Indian journal of veterinary science and animal husbandry - Volume 1,
Year: 1931
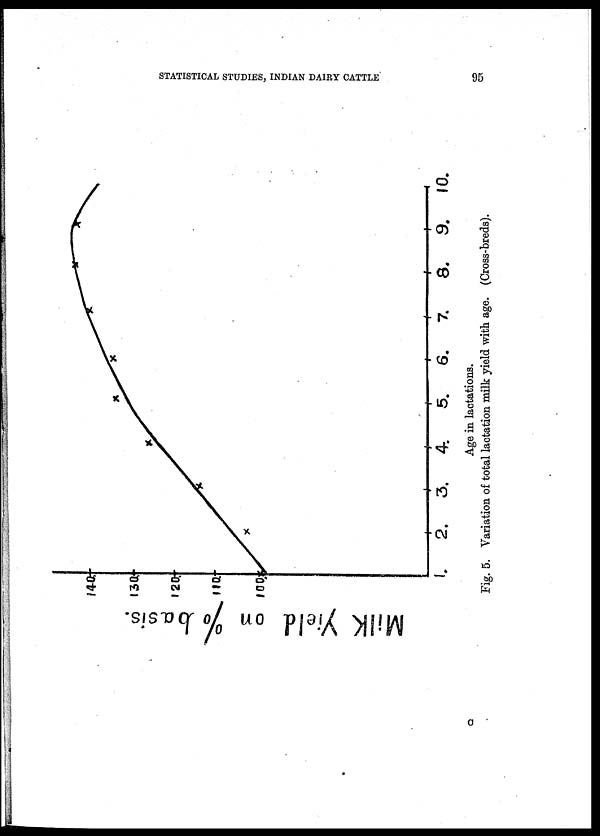
STATISTICAL STUDIES, INDIAN DAIRY CATTLE
95
Age in lactations.
Fig. 5. Variation of total lactation milk yield with age. (Cross-breds).